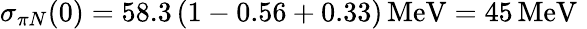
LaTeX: \sigma_{\pi N}(0)=58.3\, (1-0.56+0.33)\, \mathrm{MeV}=45\, \mathrm{MeV}\, \,